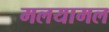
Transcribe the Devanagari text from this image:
मलयामल